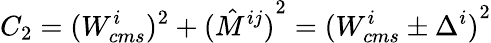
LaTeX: C_{2}=({W_{cms}^{i}})^{2}+{(\hat{M}^{ij})}^{2}={(W_{cms}^{i}\pm\Delta^{i})}^{2}